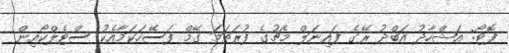
ފޮޓޯ: އަޝްހާދު އަބްދު ރޭގެ ފައިނަލް މެޗުގެ ފުރަތަމަ ގޭމް ފަސޭހަކަމާއެކު ސްޓެލްކޯއިން